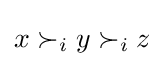
x\succ _{i}y\succ _{i}z